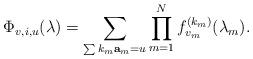
LaTeX: \begin{align*}\Phi_{v,i,u}(\lambda) = \sum_{\sum k_m{\bf a}_m=u} \prod_{m=1}^N f_{v_m}^{(k_m)}(\lambda_m).\end{align*}